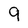
Character: 9